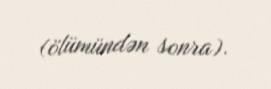
(ölümündən sonra).